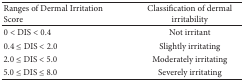
<table><thead><tr><td><b>Ranges of Dermal Irritation Score</b></td><td><b>Classification of dermal irritability</b></td></tr></thead><tbody><tr><td>0 &lt; DIS &lt; 0.4</td><td>Not irritant</td></tr><tr><td>0.4 ≤ DIS &lt; 2.0</td><td>Slightly irritating</td></tr><tr><td>2.0 ≤ DIS &lt; 5.0</td><td>Moderately irritating</td></tr><tr><td>5.0 ≤ DIS ≤ 8.0</td><td>Severely irritating</td></tr></tbody></table>